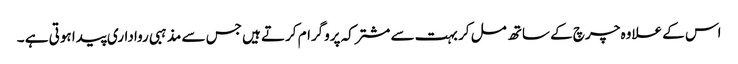
اس کے علاوہ چرچ کے ساتھ مل کر بہت سے مشترکہ پروگرام کرتے ہیں جس سے مذہبی رواداری پیدا ہوتی ہے ۔